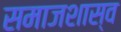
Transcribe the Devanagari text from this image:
समाजशास्व